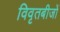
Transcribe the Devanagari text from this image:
विवृतबीजों